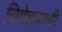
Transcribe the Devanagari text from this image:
निगेहबानी